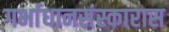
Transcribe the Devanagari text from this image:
गर्भाधानसंस्कारास